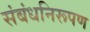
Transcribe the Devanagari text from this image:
संबंधनिरूपण